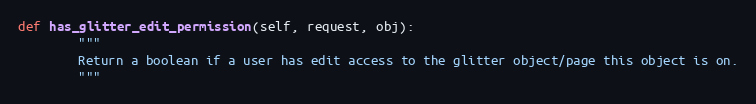
Language: Python
def has_glitter_edit_permission(self, request, obj):
        """
        Return a boolean if a user has edit access to the glitter object/page this object is on.
        """